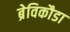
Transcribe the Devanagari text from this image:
ब्रेविकौडा